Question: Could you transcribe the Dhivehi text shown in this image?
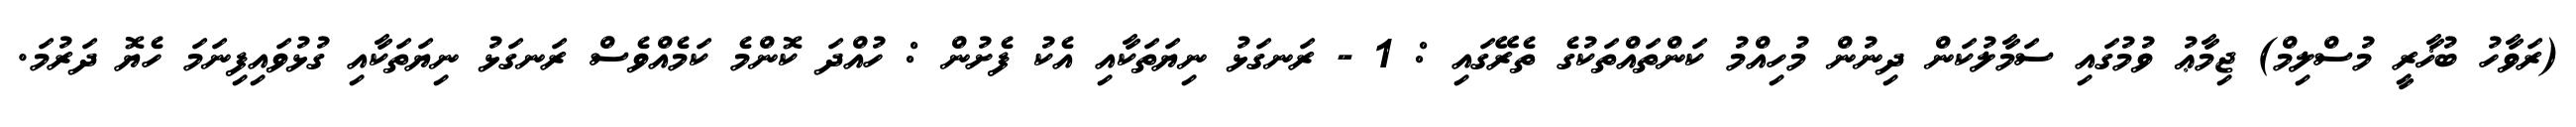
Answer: (ރަވާހު ބުޚާރީ މުސްލިމް) ޖިމާޢު ވުމުގައި ސަމާލުކަން ދިނުން މުހިއްމު ކަންތައްތަކުގެ ތެރޭގައި : 1 - ރަނގަޅު ނިޔަތަކާއި އެކު ފެށުން : ހުއްދަ ކޮންމެ ކަމެއްވެސް ރަނގަޅު ނިޔަތަކާއި ގުޅުވައިފިނަމަ ހެޔޮ ދަރުމަ.